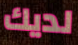
لديك